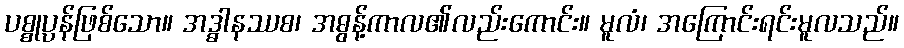
ပစ္စုပ္ပန်ဖြစ်သော။ အဒ္ဓါနဿစ၊ အဓွန့်ကာလ၏လည်းကောင်း။ မူလံ၊ အကြောင်းရင်းမူလသည်။